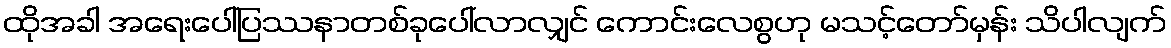
ထိုအခါ အရေးပေါ်ပြဿနာတစ်ခုပေါ်လာလျှင် ကောင်းလေစွဟု မသင့်တော်မှန်း သိပါလျက်